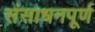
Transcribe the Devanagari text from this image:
संसाधनपूर्ण